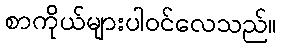
စာကိုယ်များပါဝင်လေသည်။